Report on the working of the mental hospitals for Indians in Bihar and Orissa - 1925-1929
Year: 1925
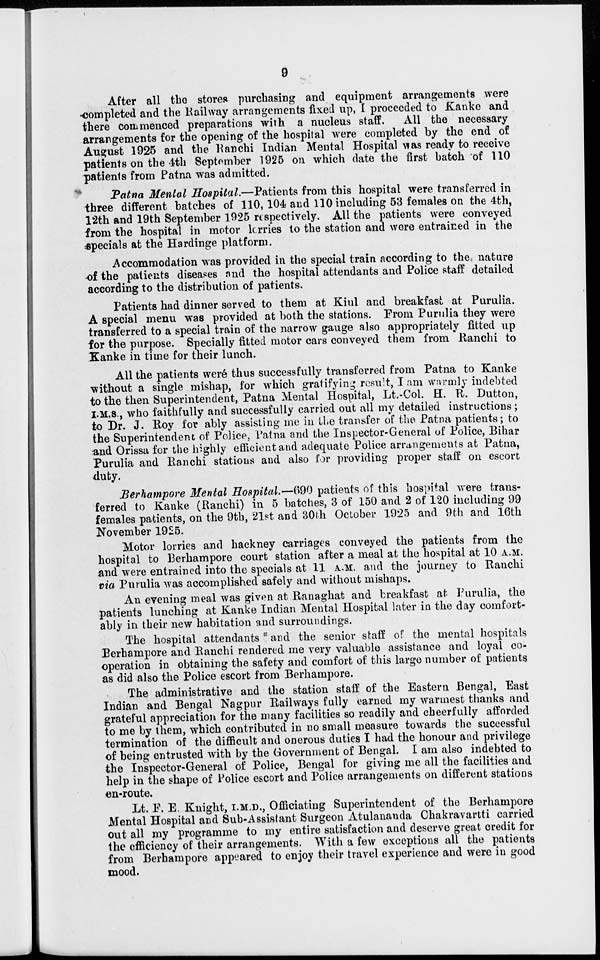
9
After all the stores purchasing and equipment arrangements were
completed and the Railway arrangements fixed up, I proceeded to Kanke and
there commenced preparations with a nucleus staff.
All the necessary
arrangements for the opening of the hospital were completed by the end of
August 1925 and the Ranchi Indian Mental Hospital was ready to receive
patients on the 4th September 1925 on which date the first batch of 110
patients from Patna was admitted.
Patna Mental Hospital.—Patients from this hospital were transferred in
three different batches of 110, 104 and 110 including 53 females on the 4th,
12th and 19th September 1925 respectively. All the patients were conveyed
from the hospital in motor lorries to the station and were entrained in the
specials at the Hardinge platform.
Accommodation was provided in the special train according to the nature
of the patients diseases and the hospital attendants and Police staff detailed
according to the distribution of patients.
Patients had dinner served to them at Kiul and breakfast at Purulia.
A special menu was provided at both the stations. From Purulia they were
transferred to a special train of the narrow gauge also appropriately fitted up
for the purpose. Specially fitted motor cars conveyed them from Ranchi to
Kanke in time for their lunch.
All the patients weré thus successfully transferred from Patna to Kanke
without a single mishap, for which gratifying result, I am warmly indebted
to the then Superintendent, Patna Mental Hospital, Lt.-Col. H. R. Dutton,
I.M.S., who faithfully and successfully carried out all my detailed instructions;
to Dr. J. Roy for ably assisting me in the transfer of the Patna patients; to
the Superintendent of Police, Patna and the Inspector-General of Police, Bihar
and Orissa for the highly efficient and adequate Police arrangements at Patna,
Purulia and Ranchi stations and also for providing proper staff on escort
duty,
Berhampore Mental Hospital.—690 patients of this hospital were trans-
ferred to Kanke (Ranchi) in 5 batches, 3 of 150 and 2 of 120 including 99
females patients, on the 9th, 21st and 30th October 1925 and 9th and 16th
November 1925.
Motor lorries and hackney carriages conveyed the patients from the
hospital to Berhampore court station after a meal at the hospital at 10 A.M.
and were entrained into the specials at 11 A.M. and the journey to Ranchi
via Purulia was accomplished safely and without mishaps.
An evening meal was given at Ranaghat and breakfast at Purulia, the
patients lunching at Kanke Indian Mental Hospital later in the day comfort-
ably in their new habitation and surroundings.
The hospital attendants '' and the senior staff of the mental hospitals
Berhampore and Ranchi rendered me very valuable assistance and loyal co-
operation in obtaining the safety and comfort of this large number of patients
as did also the Police escort from Berhampore.
The administrative and the station staff of the Eastern Bengal, East
Indian and Bengal Nagpur Railways fully earned my warmest thanks and
grateful appreciation for the many facilities so readily and cheerfully afforded
to me by them, which contributed in no small measure towards the successful
termination of the difficult and onerous duties I had the honour and privilege
of being entrusted with by the Government of Bengal. I am also indebted to
the Inspector-General of Police, Bengal for giving me all the facilities and
help in the shape of Police escort and Police arrangements on different stations
en-route.
Lt. F. E. Knight, I.M.D., Officiating Superintendent of the Berhampore
Mental Hospital and Sub-Assistant Surgeon Atulananda Chakravartti carried
out all my programme to my entire satisfaction and deserve great credit for
the efficiency of their arrangements. With a few exceptions all the patients
from Berhampore appeared to enjoy their travel experience and were in good
mood.